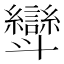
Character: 㪻